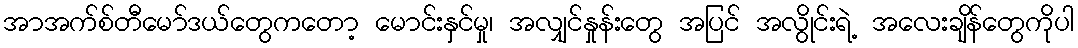
အာအက်စ်တီမော်ဒယ်တွေကတော့ မောင်းနှင်မှု၊ အလျှင်နှုန်းတွေ အပြင် အလွိုင်းရဲ့ အလေးချိန်တွေကိုပါ